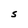
Character: S